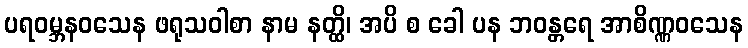
ပရဝမ္ဘနဝသေန ဖရုသဝါစာ နာမ နတ္ထိ၊ အပိ စ ခေါ ပန ဘဝန္တရေ အာစိဏ္ဏဝသေန